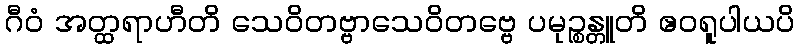
ဂီဝံ အတ္ထရာဟီတိ သေဝိတဗ္ဗာသေဝိတဗ္ဗေ ပမုဉ္စန္တူတိ ဧဝရူပါယပိ